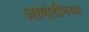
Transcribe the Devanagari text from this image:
आयोडीनच्या